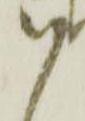
ハ